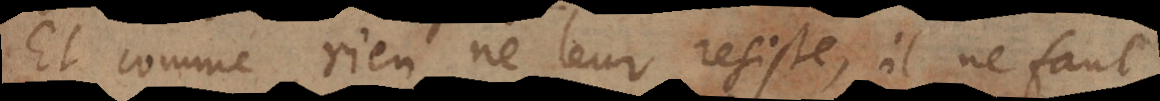
Et comme rien ne leur resiste, il ne faut